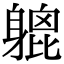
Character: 𨉮